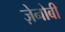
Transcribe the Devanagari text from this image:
ज़ेनोबी